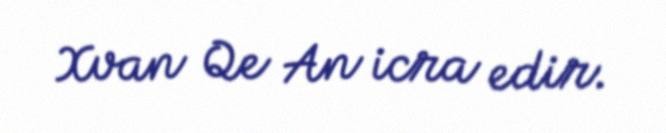
Xvan Qe An icra edir.